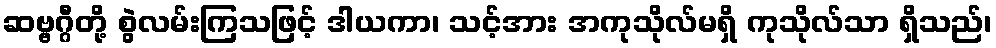
ဆဗ္ဗဂ္ဂီတို့ စွဲလမ်းကြသဖြင့် ဒါယကာ၊ သင့်အား အကုသိုလ်မရှိ ကုသိုလ်သာ ရှိသည်၊